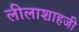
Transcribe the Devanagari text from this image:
लीलाशाहजी